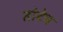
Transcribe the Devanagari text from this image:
तोटेच